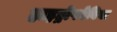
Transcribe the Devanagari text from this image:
हाइड्रोफोबिया